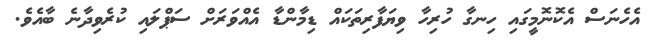
އެހެނަސް އެކޮނޮމީގައި ހިނގާ ހުރިހާ ވިޔަފާރިތަކައް ޑިމާންޑާ އެއްވަރަށް ސަޕްލައި ކުރެވިދާނެ ބާއެވެ.